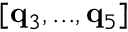
[ \mathbf { q } _ { 3 } , . . . , \mathbf { q } _ { 5 } ]